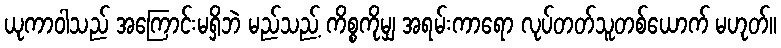
ယုကာဝါသည် အကြောင်းမရှိဘဲ မည်သည့် ကိစ္စကိုမျှ အရမ်းကာရော လုပ်တတ်သူတစ်ယောက် မဟုတ်။